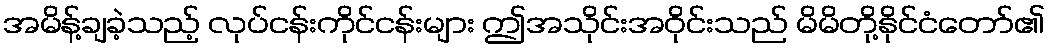
အမိန့်ချခဲ့သည့် လုပ်ငန်းကိုင်ငန်းများ ဤအသိုင်းအဝိုင်းသည် မိမိတို့နိုင်ငံတော်၏